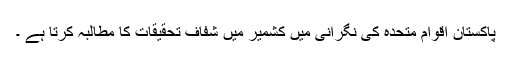
پاکستان اقوام متحدہ کی نگرانی میں کشمیر میں شفاف تحقیقات کا مطالبہ کرتا ہے ۔